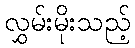
လွှမ်းမိုးသည့်